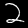
Digit: 2